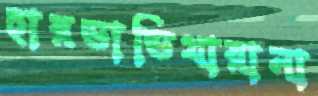
হারভাভিথারানা